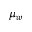
\mu _ { w }